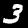
Label: 3